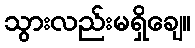
သွားလည်းမရှိချေ။